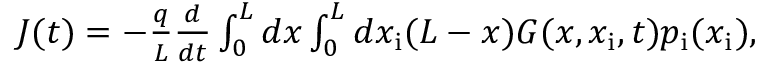
\begin{array} { r } { J ( t ) = - \frac { q } { L } \frac { d } { d t } \int _ { 0 } ^ { L } d x \int _ { 0 } ^ { L } d x _ { \mathrm { i } } ( L - x ) G ( x , x _ { \mathrm { i } } , t ) p _ { \mathrm { i } } ( x _ { \mathrm { i } } ) , } \end{array}